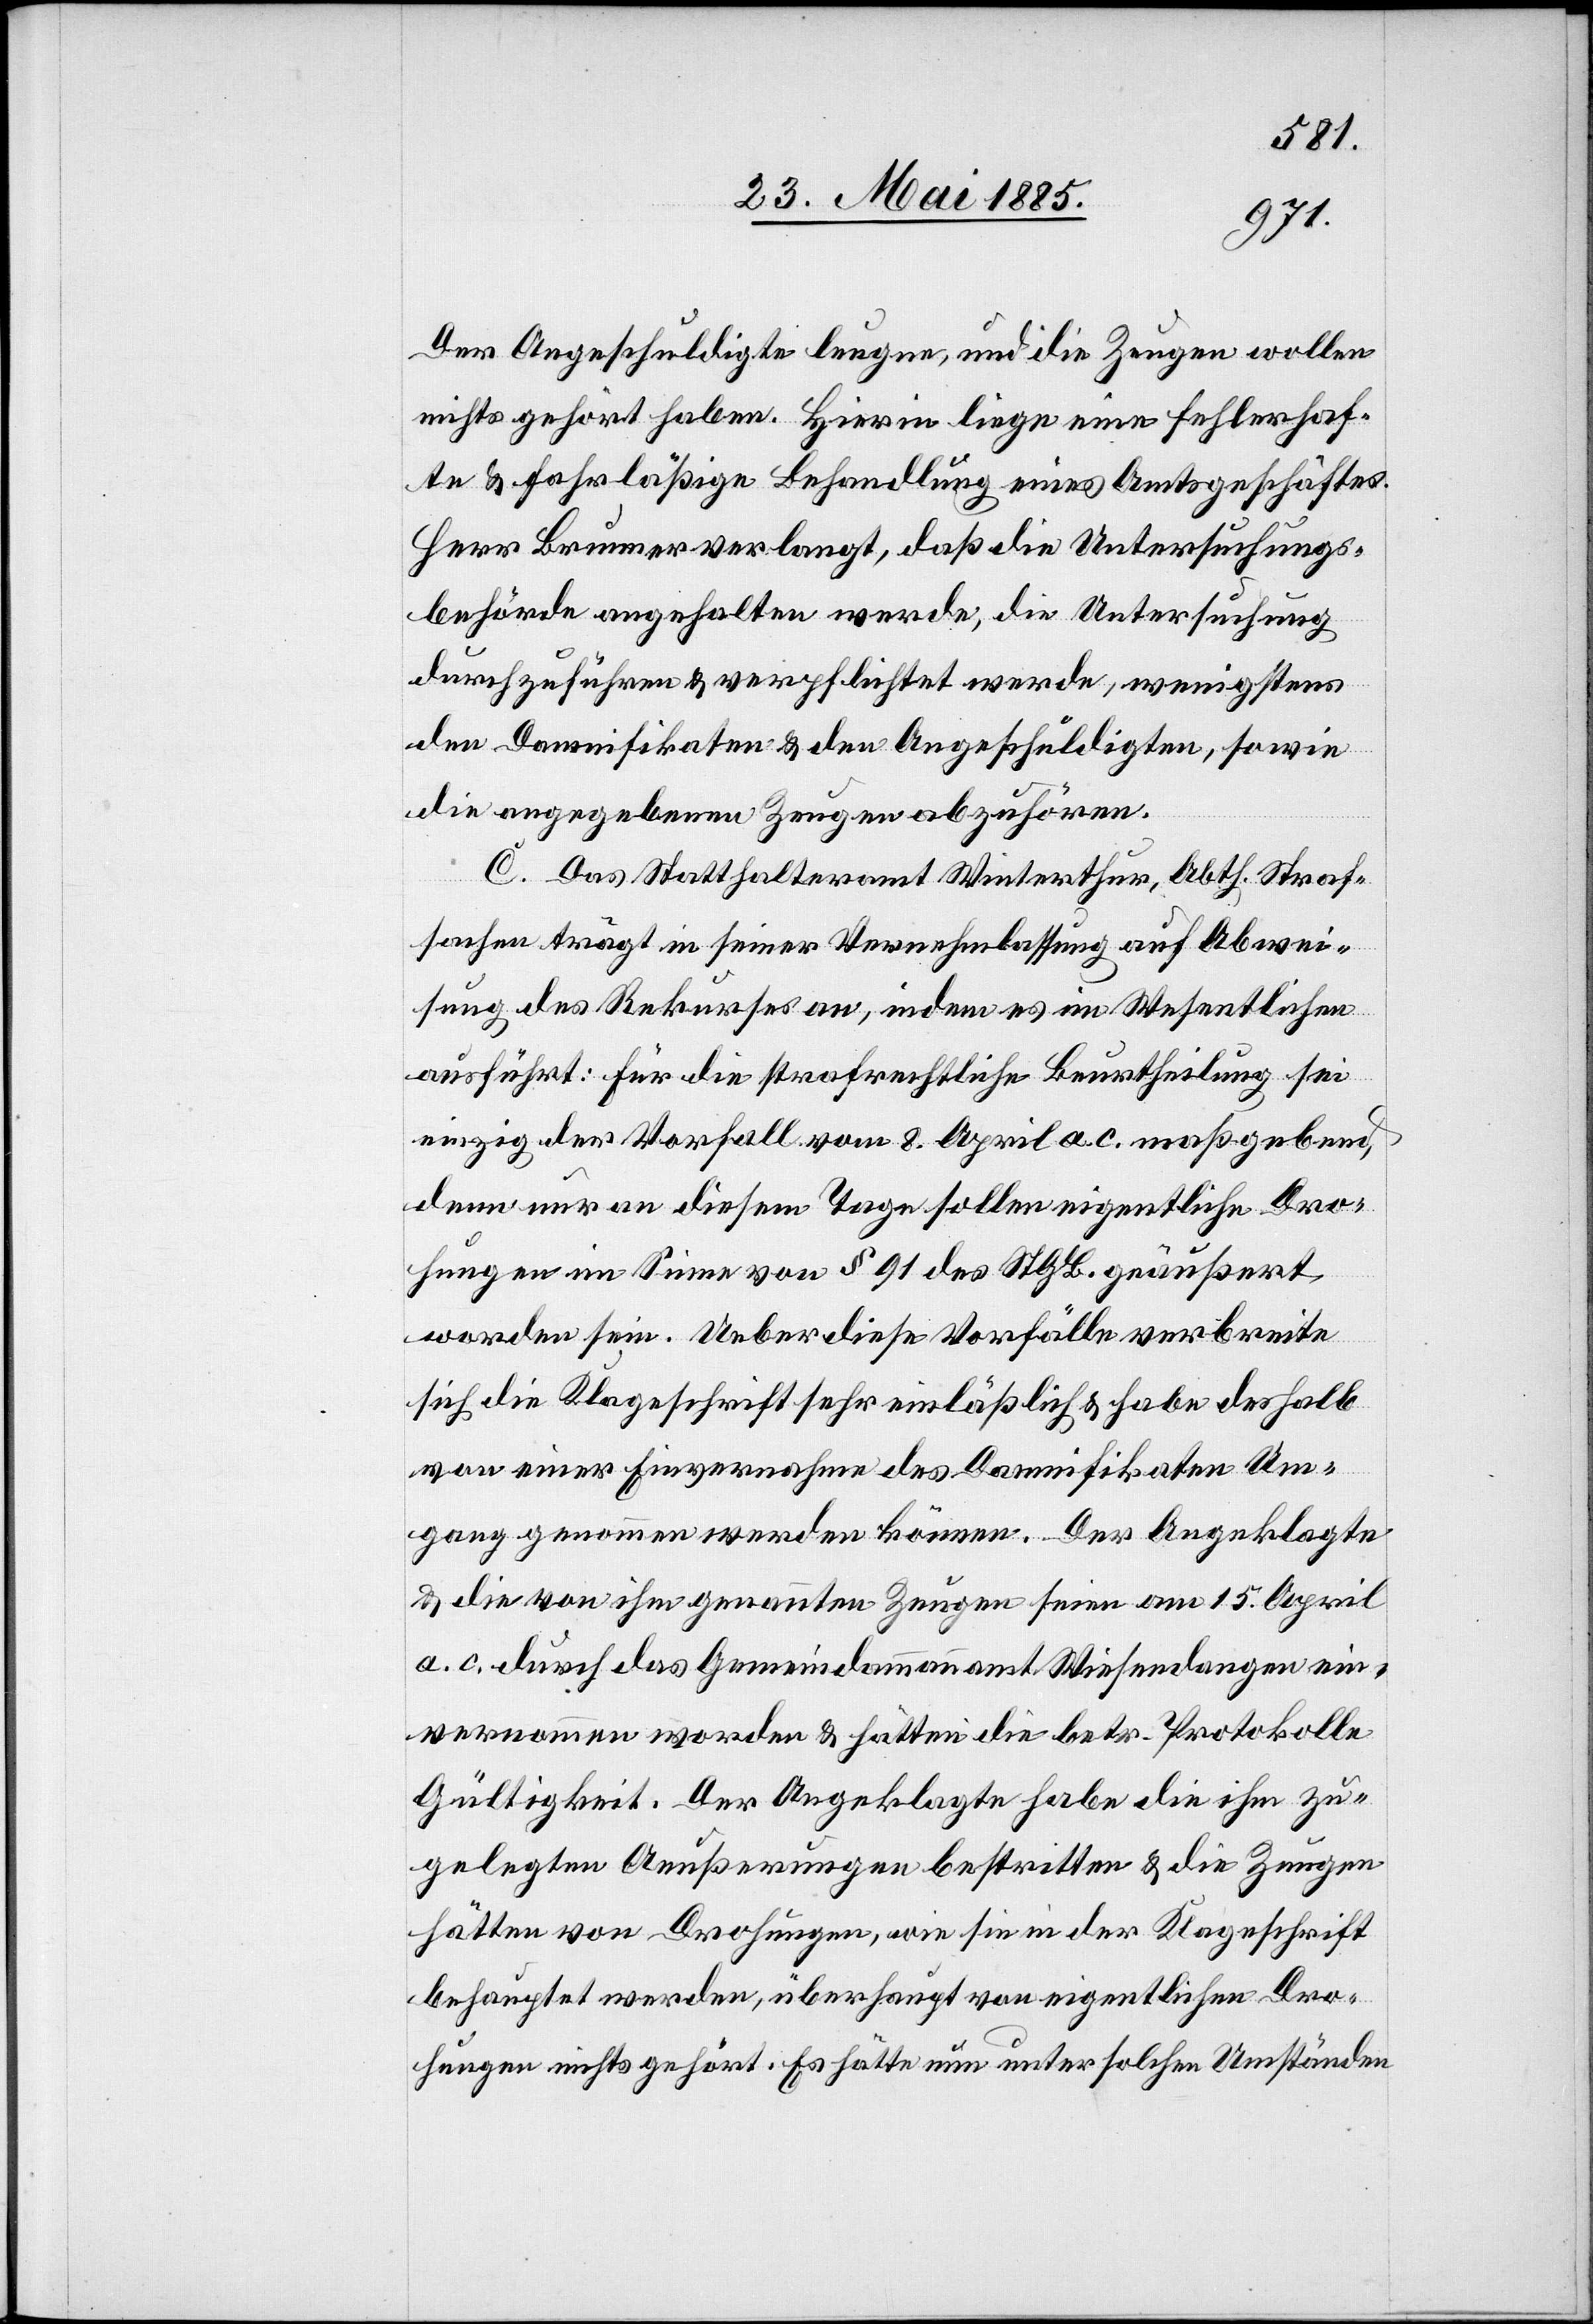
Der Angeschuldigte leugne, und die Zeugen wollen
nichts gehört haben. Hierin liege eine fehlerhaf¬
te & fahrläßige Behandlung eines Amtsgeschäftes.
Herr Brunner verlangt, daß die Untersuchungs¬
behörde angehalten werde, die Untersuchung
durchzuführen & verpflichtet werde, wenigstens
den Damnifikaten & den Angeschuldigten, sowie
die angegebenen Zeugen abzuhören.
C. Das Statthalteramt Winterthur, Abth. Straf¬
sachen trägt in seiner Vernehmlassung auf Abwei¬
sung des Rekurses an, indem es im Wesentlichen
ausführt: Für die strafrechtliche Beurtheilung sei
einzig der Vorfall vom 8. April a. c maßgebend,
denn nur an diesem Tage sollen eigentliche Dro¬
hungen im Sinne von § 91 des St. G. B. geäußert
worden sein. Ueber diese Vorfälle verbreite
sich die Klageschrift sehr einläßlich & habe deshalb
von einer Einvernahme des Damnifikaten Um¬
gang genommen werden können. Der Angeklagte
& die von ihm genannten Zeugen seien am 15. April
a. c. durch das Gemeindeammannamt Wiesendangen ein¬
vernommen worden & hätten die betr. Protokolle
Gültigkeit. Der Angeklagte habe die ihm zu¬
gelegten Aeußerungen bestritten & die Zeugen
hätten von Drohungen, wie sie in der Klageschrift
behauptet werden, überhaupt von eigentlichen Dro¬
hungen nichts gehört. Es hätte nun unter solchen Umständen